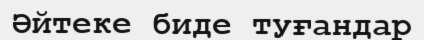
Әйтеке биде туғандар